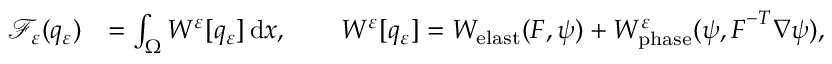
\begin{array} { r l } { \mathscr { F } _ { \varepsilon } ( q _ { \varepsilon } ) } & { = \int _ { \Omega } W ^ { \varepsilon } [ q _ { \varepsilon } ] \, \mathrm { d } x , \qquad W ^ { \varepsilon } [ q _ { \varepsilon } ] = W _ { \mathrm { e l a s t } } ( \boldsymbol { F } , \psi ) + W _ { \mathrm { p h a s e } } ^ { \varepsilon } ( \psi , \boldsymbol { F } ^ { - T } \nabla \psi ) , } \end{array}